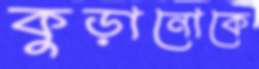
কুড়ানোকে